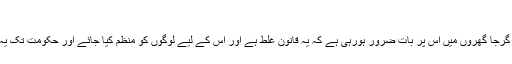
‘
بشپ لیئو پال نے کہا کہ بشپ سیاسی لوگ نہیں ہوتے لیکن گرجا گھروں میں اس پر بات ضرور ہورہی ہے کہ یہ قانون غلط ہے اور اس کے لیے لوگوں کو منظم کیا جائے اور حکومت تک یہ بات پہنچائی جائے کہ یہ حقوق سلب کرنے والی بات ہے۔